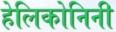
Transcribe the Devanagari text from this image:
हेलिकोनिनी